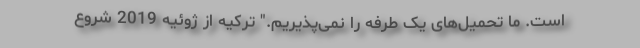
است. ما تحمیل‌های یک طرفه را نمی‌پذیریم." ترکیه از ژوئیه 2019 شروع